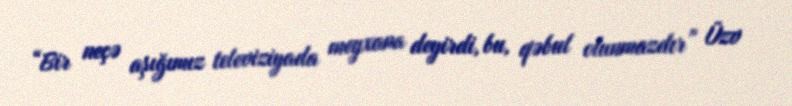
“Bir neçə aşığımız televiziyada meyxana deyirdi, bu, qəbul olunmazdır” Üzv